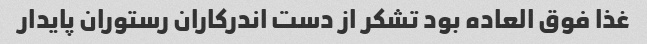
غذا فوق العاده بود تشکر از دست اندرکاران رستوران پایدار